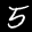
Label: 5